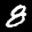
Digit: 8